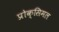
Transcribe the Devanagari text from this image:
प्रोक्सिमल